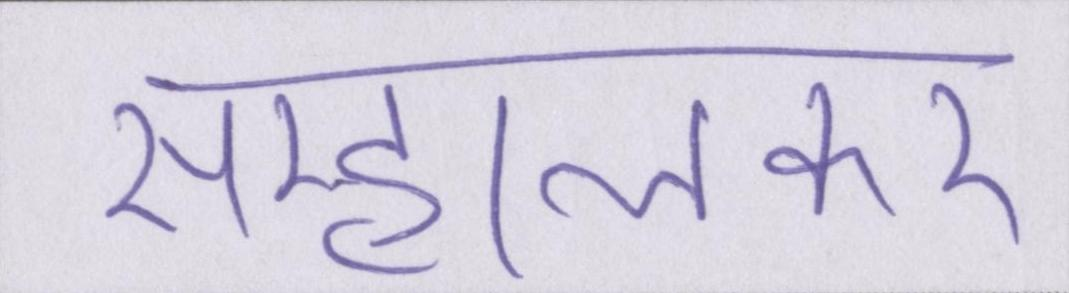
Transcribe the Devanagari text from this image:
सम्हालकर